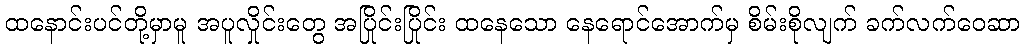
ထနောင်းပင်တို့မှာမူ အပူလှိုင်းတွေ အပြိုင်းပြိုင်း ထနေသော နေရောင်အောက်မှ စိမ်းစိုလျက် ခက်လက်ဝေဆာ